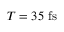
T = 3 5 ~ \mathrm { f s }